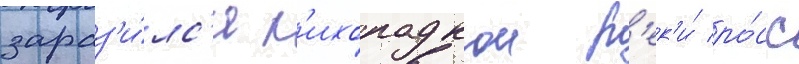
зараз'и́лс'я л'ихорадкои р'ек'и́ ро́сс